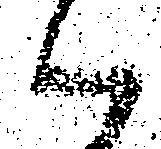
候